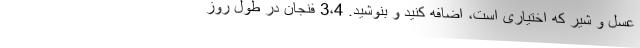
عسل و شیر که اختیاری است، اضافه کنید و بنوشید. 3،4 فنجان در طول روز